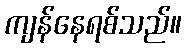
ကျန်နေရစ်သည်။